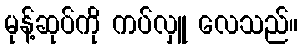
မုန့်ဆုပ်ကို ကပ်လှူ လေသည်။